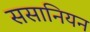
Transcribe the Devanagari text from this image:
ससानियन